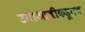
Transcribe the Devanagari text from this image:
उमाआजीकडूनच